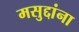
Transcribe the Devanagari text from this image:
मसुद्दांना